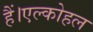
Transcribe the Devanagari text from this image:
हैं।एल्कोहल